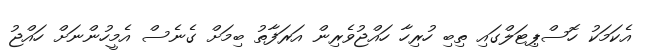
އެކަމަކު ހޮސްޕިޓަލްގައި ތިބި ހުރިހާ ހައްޖުވެރިން އަރަފާތު ބިމަށް ގެނެސް އެމީހުންނަށް ހައްޖު